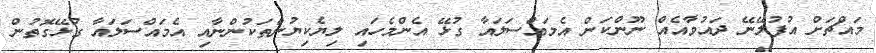
މައްޗަށް އުފުލޭނޭ ދައުވާއެއް ނޫންކަން އެމައްސަލައާ ގުޅޭ އެންމެހައި ލިޔެކިޔުންތަކުންނާއި އެމައްސަލައާ ގުޅޭގޮތުން